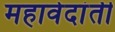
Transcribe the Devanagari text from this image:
महावेदांती